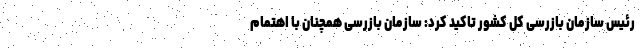
رئیس سازمان بازرسی کل کشور تاکید کرد: سازمان بازرسی همچنان با اهتمام